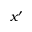
x ^ { \prime }